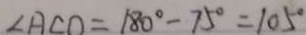
\angle A C O = 1 8 0 ^ { \circ } - 7 5 ^ { \circ } = 1 0 5 ^ { \circ }